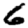
Digit: 6